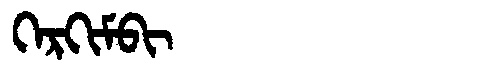
Manchu: ᡴᡝᡵᡴᡳᠮᠪᡳ
Romanization: KERKIMBI